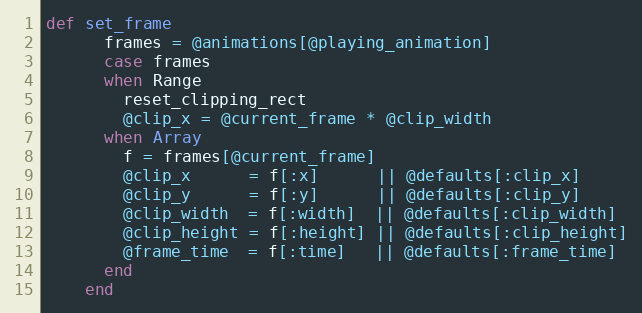
Language: Ruby
def set_frame
      frames = @animations[@playing_animation]
      case frames
      when Range
        reset_clipping_rect
        @clip_x = @current_frame * @clip_width
      when Array
        f = frames[@current_frame]
        @clip_x      = f[:x]      || @defaults[:clip_x]
        @clip_y      = f[:y]      || @defaults[:clip_y]
        @clip_width  = f[:width]  || @defaults[:clip_width]
        @clip_height = f[:height] || @defaults[:clip_height]
        @frame_time  = f[:time]   || @defaults[:frame_time]
      end
    end